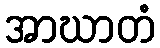
အာဃာတံ